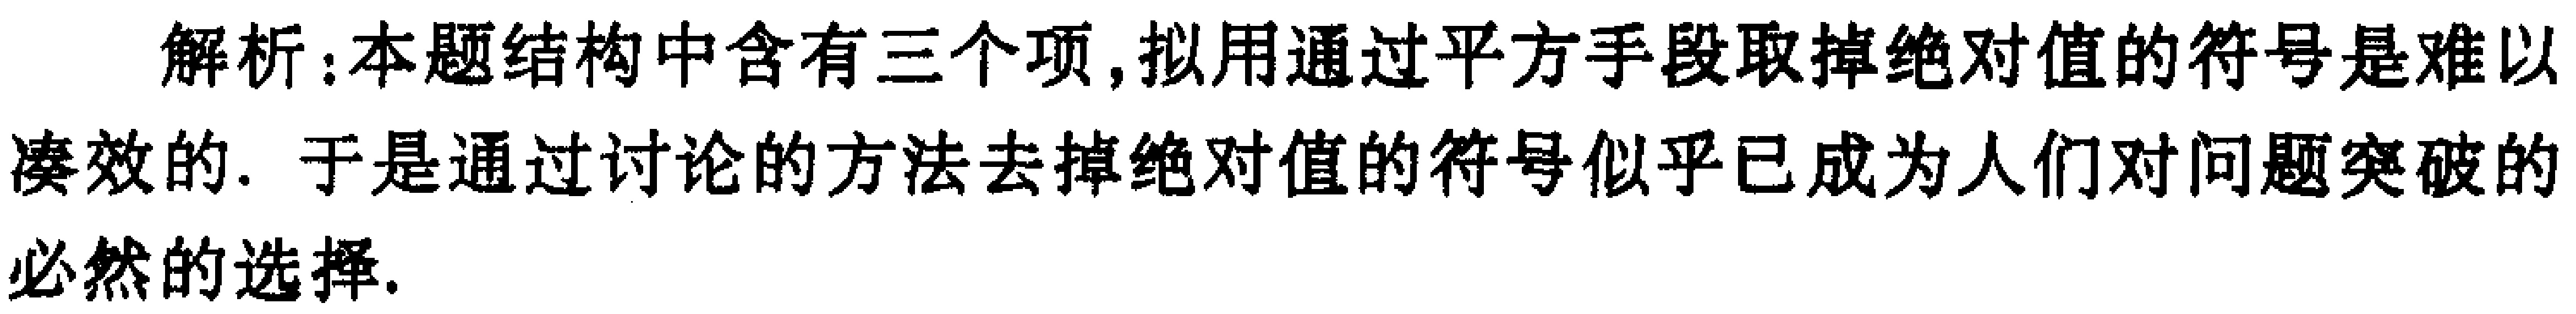
解析：本题结构中含有三个项,拟用通过平方手段取掉绝对值的符号是难以凑效的. 于是通过讨论的方法去掉绝对值的符号似乎已成为人们对问题突破的必然的选择.